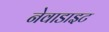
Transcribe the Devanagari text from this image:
नेवाडाइट